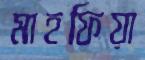
মাহফিয়া